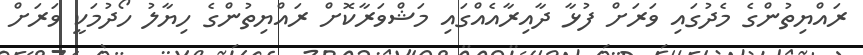
ރައްޔިތުންގެ މެދުގައި ވަރަށް ފުޅާ ދާއިރާއެއްގައި މަޝްވަރާކޮށް ރައްޔިތުންގެ ހިޔާލު ހޯދުމަކީ ވަރަށް